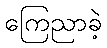
ကြေညာခဲ့